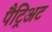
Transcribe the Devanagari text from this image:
पैट्रिअट